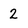
Character: 2